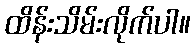
ထိန်းသိမ်းလိုက်ပါ။